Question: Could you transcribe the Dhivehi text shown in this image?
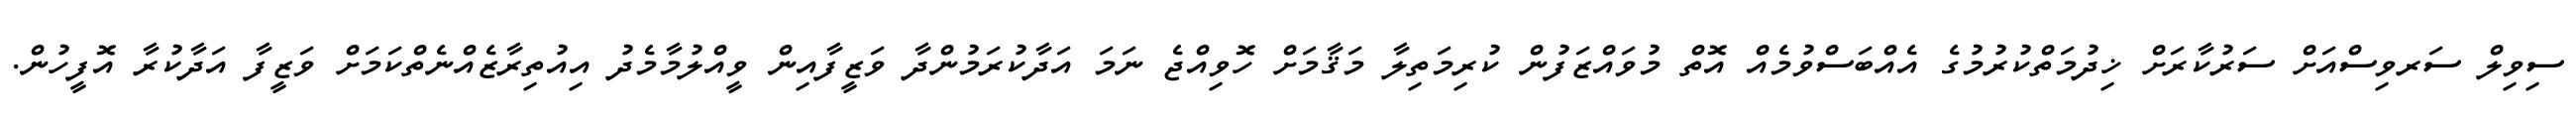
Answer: ސިވިލް ސަރވިސްއަށް ސަރުކާރަށް ޚިދުމަތްކުރުމުގެ އެއްބަސްވުމެއް އޮތް މުވައްޒަފުން ކުރިމަތިލާ މަޤާމަށް ހޮވިއްޖެ ނަމަ އަދާކުރަމުންދާ ވަޒީފާއިން ވީއްލުމާމެދު އިއުތިރާޒެއްނެތްކަމަށް ވަޒީފާ އަދާކުރާ އޮފީހުން.